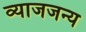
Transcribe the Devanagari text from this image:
व्याजजन्य